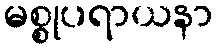
မစ္စုပရာယနာ